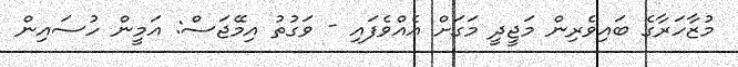
މުޒާހަރާގެ ބައިވެރިން މަޖީދީ މަގަށް އެއްވެފައި - ވަގުތު އިމޭޖަސް: އަމީން ހުސައިން